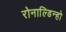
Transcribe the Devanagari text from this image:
रोनाल्डिन्हो